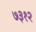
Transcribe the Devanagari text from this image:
७३१२